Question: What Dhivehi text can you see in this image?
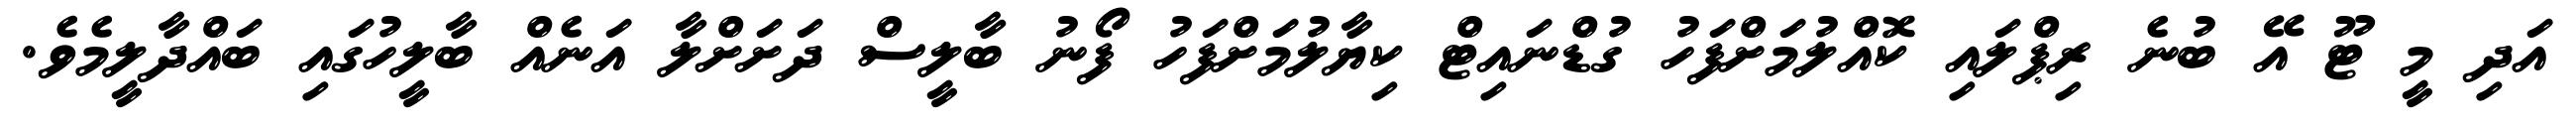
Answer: އަދި މީ ޓޫ އޭ ބުނެ ރިޕްލައި ކޮއްލުމަށްފަހު ގުޑްނައިޓް ކިޔާލުމަށްފަހު ފޯނު ބާލީސް ދަށަށްލާ އަނެއް ބާލީހުގައި ބައްދާލީމެވެ.